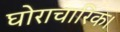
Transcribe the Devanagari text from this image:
घोराचारिक।